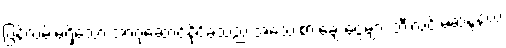
ပြန်လမ်းမရှိသော အာဂုံဆောင်နိုင်ခဲ့သည် အသေးစားချေးငွေများ ဘီးလင်းမဲဆန္ဒနယ်